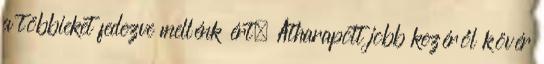
a többieket fedezve mellénk ért. Átharapott jobb kezéről kövér